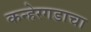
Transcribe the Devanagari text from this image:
कन्हेरगडाचा